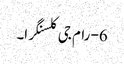
6- رام جی کلسنگرا۔